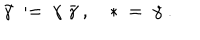
LaTeX: \tilde { \gamma } \ : = \ \gamma \; \bar { \gamma } \ , \quad * \ = \ \gamma \ .